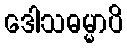
ဒေါသဓမ္မာပိ